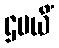
ဌပယိံ